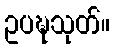
ဥပဍ္ဎသုတ်။